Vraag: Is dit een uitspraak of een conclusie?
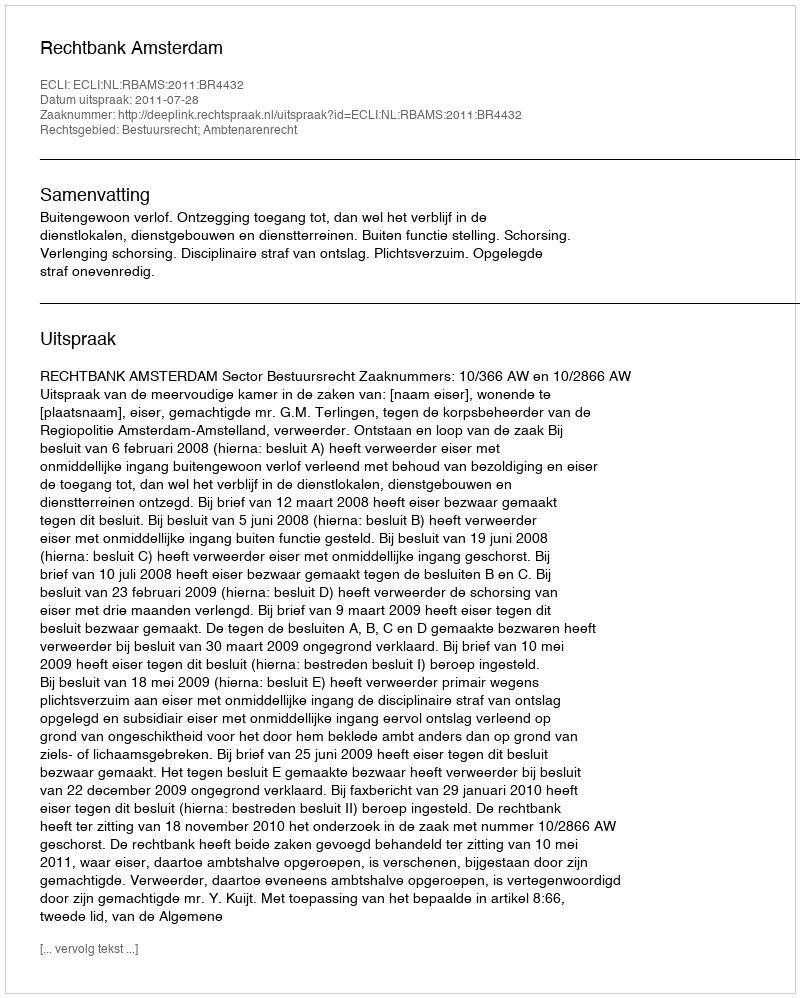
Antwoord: Uitspraak